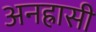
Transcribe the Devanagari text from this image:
अनह्रासी